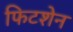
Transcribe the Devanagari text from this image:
फिटशेन